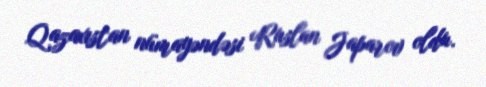
Qazaxıstan nümayəndəsi Ruslan Japarov oldu.